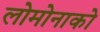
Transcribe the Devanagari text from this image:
लोमोनाको